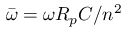
\bar { \omega } = \omega R _ { p } C / n ^ { 2 }